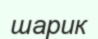
шарик